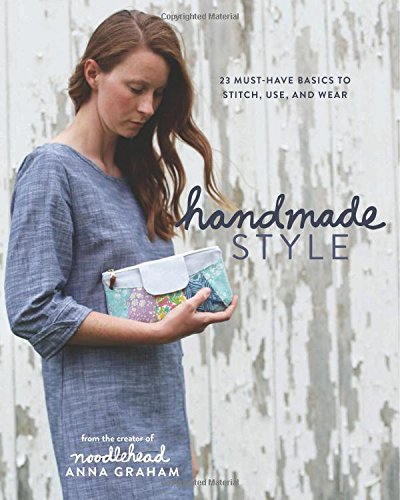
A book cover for Handmade Style: 23 Must-Have Basics to Stitch, Use, and Wear; Anna Graham; Crafts, Hobbies & Home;